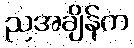
ညအချိန်က